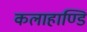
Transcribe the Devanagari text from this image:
कलाहाण्डि